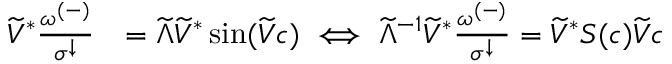
\begin{array} { r l } { \widetilde { V } ^ { * } \frac { \omega ^ { ( - ) } } { \sigma ^ { \downarrow } } } & { = \widetilde { \Lambda } \widetilde { V } ^ { * } \sin ( \widetilde { V } c ) \iff \widetilde { \Lambda } ^ { - 1 } \widetilde { V } ^ { * } \frac { \omega ^ { ( - ) } } { \sigma ^ { \downarrow } } = \widetilde { V } ^ { * } S ( c ) \widetilde { V } c } \end{array}